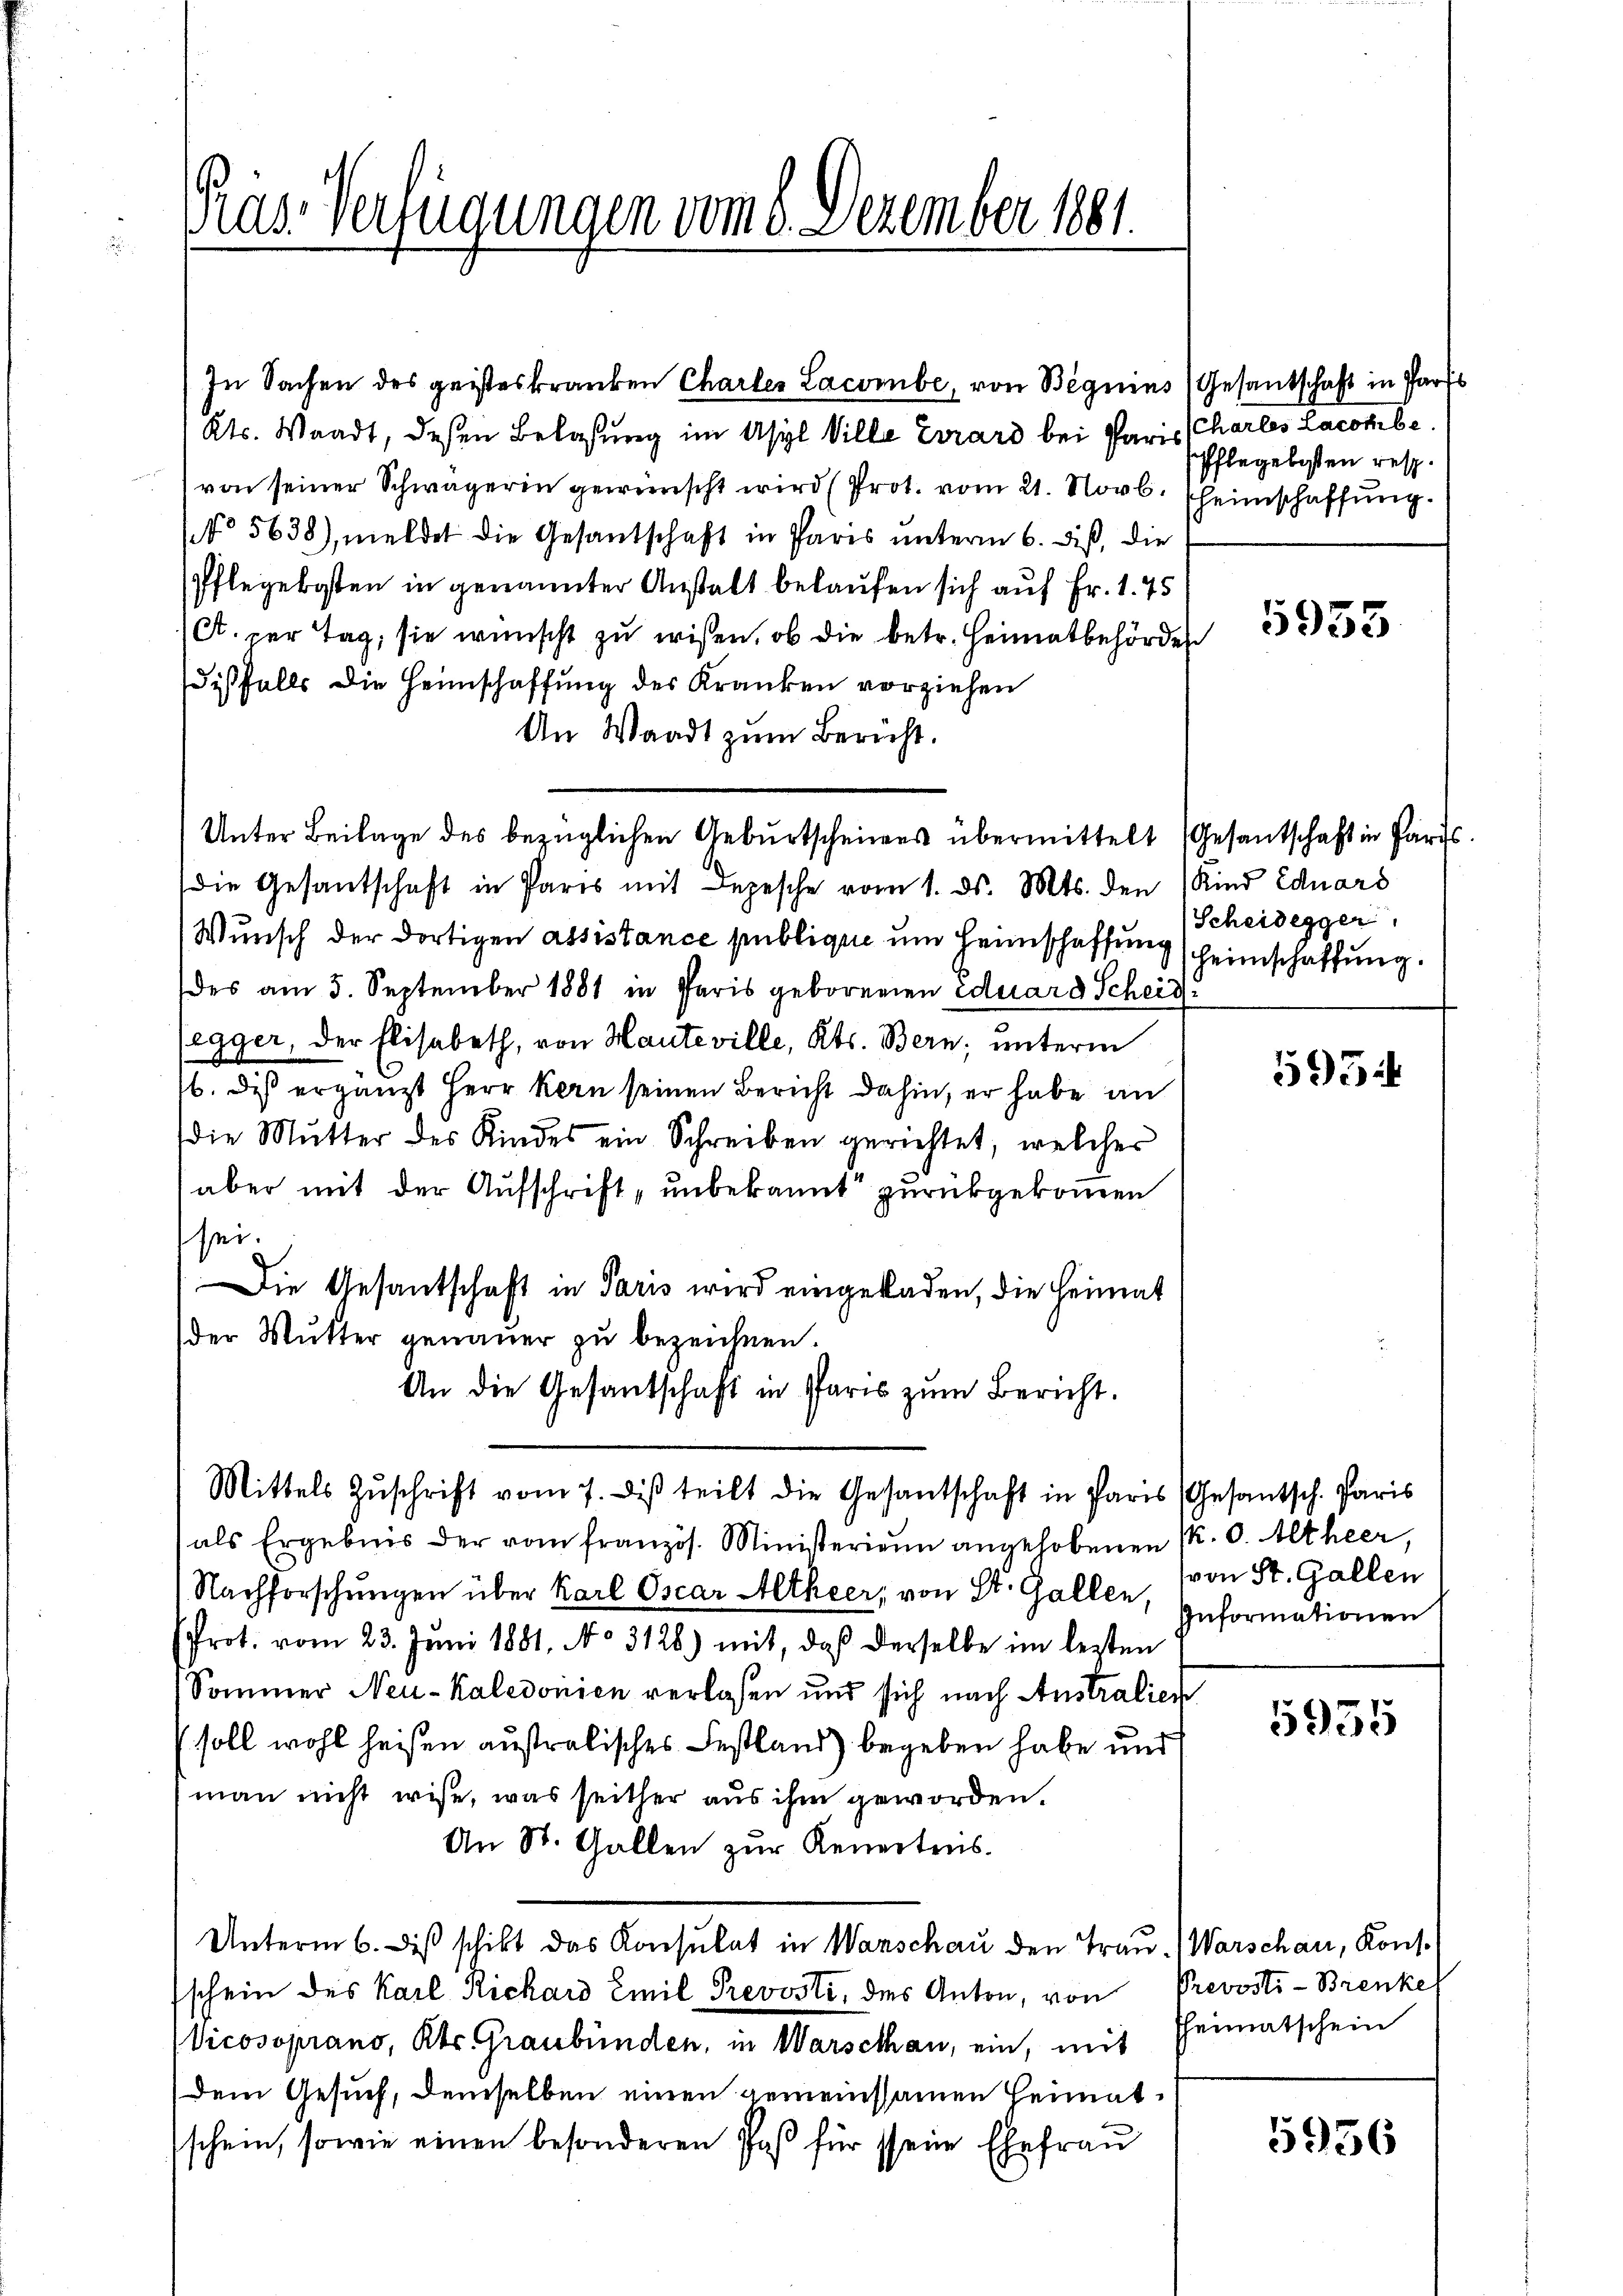
Päs-Verfügungen vom 8. Dezember 1881.

In Sachen des geisteskranken Charler Lacombe, von Beguins Gesantschaft in Parts
Kts. Waadt, deßen Belassung im Asyl Ville Errard bei Paris Charles Lacohibe.
von seiner Schwägerin gewünscht wird (Prot. vom 21. Novb. heimschaffung.
No 5638), meldet die Gesandschaft in Paris unterm 6. diß, die
Pflegekosten in genannter Anstalt belaufen sich auf Fr. 1. 75
(Ct. per Tag, sie wünscht zu wissen, ob die betr. Heimatbehörden
disfalls die Heimschaffung des Kranken vorziehen
An Waadt zum Bericht.
die Gesandschaft in Paris mit Depesche vom 1. ds. Mts. den (Kind Eduard
Wunsch der dortigen assistance publique um Heimschaffung (Heimschaffung.
des am 5. September 1881 in Paris geborenen Eduard Scheid-
legger, der Elisabeth, von Haute ville, Kts. Bern; unterm
b. das ergänzt Herr Kern seinen Bericht dahin, er habe an
die Mutter des Kindes ein Schreiben gerichtet, welcher
aber mit der Aufschrift, unbekannt zurückgekommen
sei.
Die Gesantschaft in Paris wird eingeladen, die Heimat
der Mutter genauer zŭ bezeichnen.
An die Gesantschaft in Paris zum Bericht.
Mittels Zŭschrift vom 7. di teilt die Gesantschaft in Paris (Gesantsch. Paris
als Ergebnis der vom französ. Ministerien angehobenen P. O. Altheer
Nachforschungen über Karl Oscar Altheer, von St. Gallen, von St. Gallen
(Prot. vom 23. Juni 1881, No 3128) mit, daß derselbe im lezten
Sommer Neu-Kaledonien verlassen und sich nach Anstralien
(soll wohl heißen ausralisches Festland) begeben habe und
man nicht wiße, was seither aus ihm geworden.
An St. Gallen zŭr Reuerteiis
Unterm 6. des schikt das Konsulat in Wanschau den Trau. Warschar, Kons.
schein des Karl Richard Emil Prevosti, des Anton, von Prevosti-Brenke
Vicosoprano, Kts. Graubünden, in Warschau, ein, mit Heimatschein
(dem Gesuch, demselben einen gemeinsamen Heimatschein, sowie einen besonderen Paß für seine Ehefrau

Unter Beilage des bezüglichen Geburtscheines übermittelt (Gesantschaft in Paris

Pflegelisten resp.

5935

Scheidegger.

595

Informationen

593

5936